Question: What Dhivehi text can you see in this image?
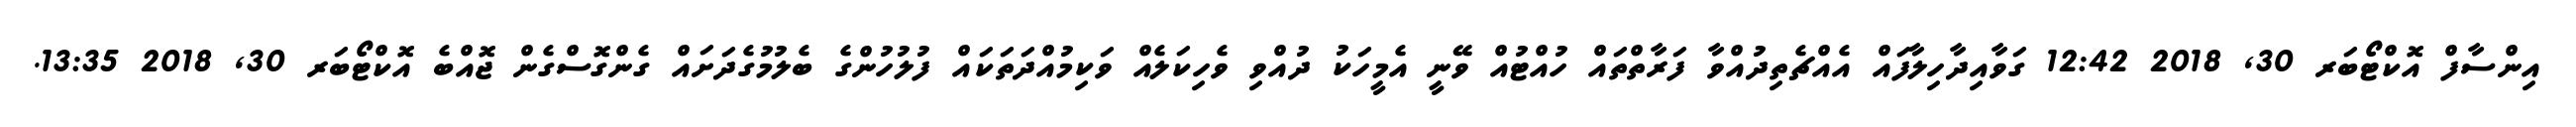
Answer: އިންސާފް އޮކްޓޯބަރ 30, 2018 12:42 ގަވާއިދާހިލާފައް އެއްޗެތިދުއްވާ ފަރާތްތައް ހުއްޓުއް ވޭނީ އެމީހަކު ދުއްވި ވެހިކަލެއް ވަކިމުއްދަތަކައް ފުލުހުންގެ ބެލުމުގެދަށައް ގެންގޮސްގެން ޖޮއްބެ އޮކްޓޯބަރ 30, 2018 13:35.